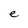
Character: e